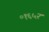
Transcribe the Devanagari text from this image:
०१६५२